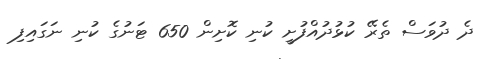
ދެ ދުވަސް ތެރޭ ކުޅުދުއްފުށީ ކުނި ކޮށިން 650 ޓަނުގެ ކުނި ނަގައިފި